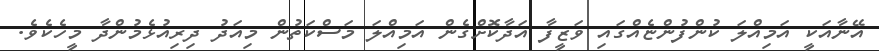
އޭނާއަކީ އަމިއްލަ ކުންފުންޏެއްގައި ވަޒީފާ އަދާކޮށްގެން އަމިއްލަ މަސްކަތުން މިއަދު ދިރިއުޅެމުންދާ މީހެކެވެ.